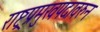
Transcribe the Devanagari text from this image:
राष्ट्रप्रमुखपदावरुन